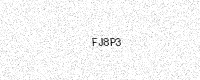
Text: FJ8P3